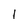
Character: I